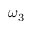
\omega _ { 3 }